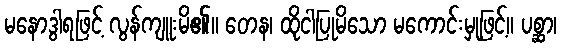
မနောဒွါရဖြင့် လွန်ကျူးမိ၏။ တေန၊ ထိုငါပြုမိသော မကောင်းမှုဖြင့်။ ပစ္ဆာ၊